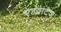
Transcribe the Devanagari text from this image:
एडवांटेंज